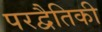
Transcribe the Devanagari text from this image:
परद्वैतिकी